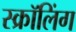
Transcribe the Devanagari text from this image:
स्क्रॉलिंग